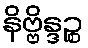
နိဗ္ဗိန္ဒဉ္စ